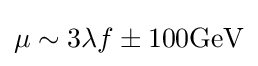
\mu \sim 3\lambda f\pm 100{\mbox{GeV}}